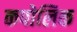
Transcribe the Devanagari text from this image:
कपोलिक